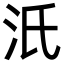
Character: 汦